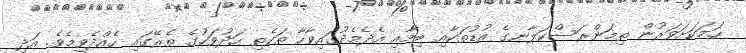
ހަމަކަށަވަރުން ތިމަންރަސްކަލާނގެ އުޑުތަކާއި ބިމާއި އެދެމެދުގައިވާހާ ތަކެތި ހަދުވަހުގެ ތެރޭގައި ހެއްދެވީމެވެ. އަދި